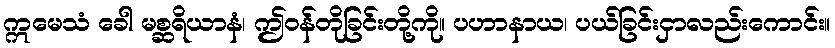
ဣမေသံ ခေါ မစ္ဆရိယာနံ၊ ဤဝန်တိုခြင်းတို့ကို။ ပဟာနာယ၊ ပယ်ခြင်းငှာလည်းကောင်း။